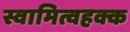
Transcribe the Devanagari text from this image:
स्वामित्वहक्क